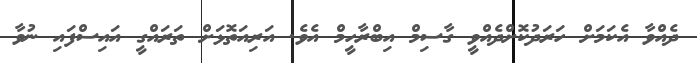
ދެއްވާ އެކަމަށް ހަރަދުކޮށްދެއްވީ ގާސިމް އިބްރާހީމް އެވެ. އަރިއަތޮޅަށް ތަރައްގީ އައިސްފައި ނުވާ